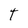
Character: T